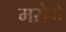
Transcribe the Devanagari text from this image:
मरोगे